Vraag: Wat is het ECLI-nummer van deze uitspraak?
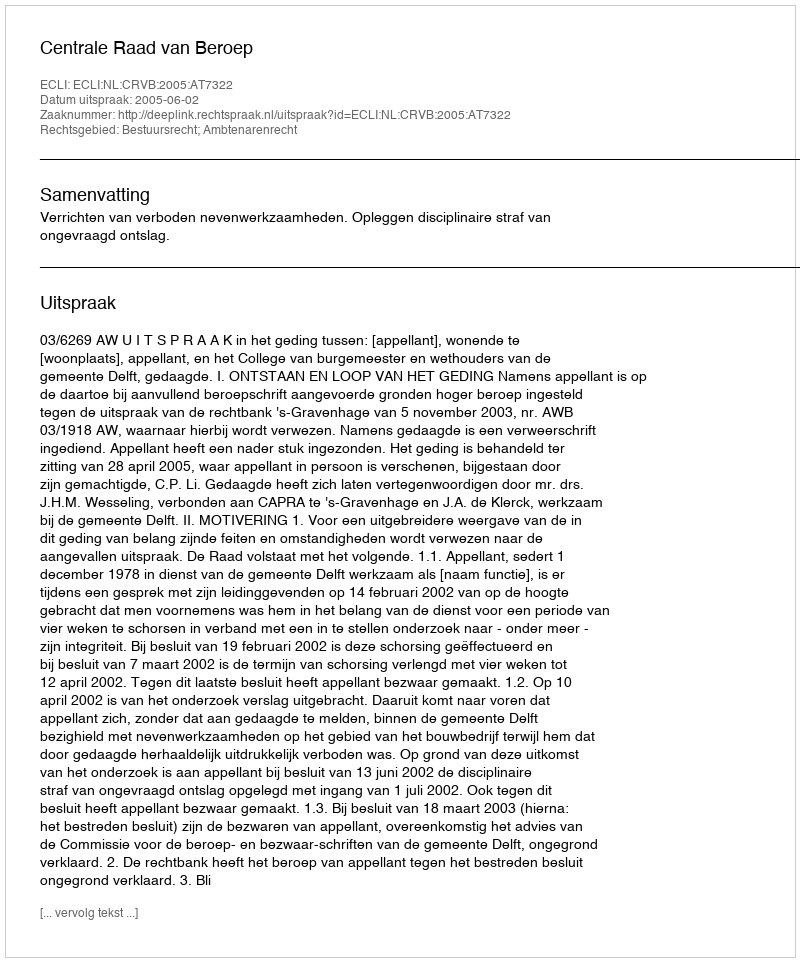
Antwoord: ECLI:NL:CRVB:2005:AT7322